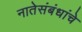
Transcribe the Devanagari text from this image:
नातेसंबंधांचे